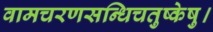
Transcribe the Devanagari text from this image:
वामचरणसन्धिचतुष्केषु।